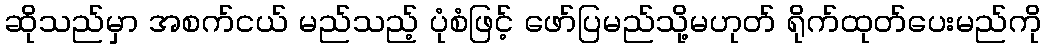
ဆိုသည်မှာ အစက်ငယ် မည်သည့် ပုံစံဖြင့် ဖော်ပြမည်သို့မဟုတ် ရိုက်ထုတ်ပေးမည်ကို